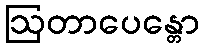
ဩတာပေန္တော